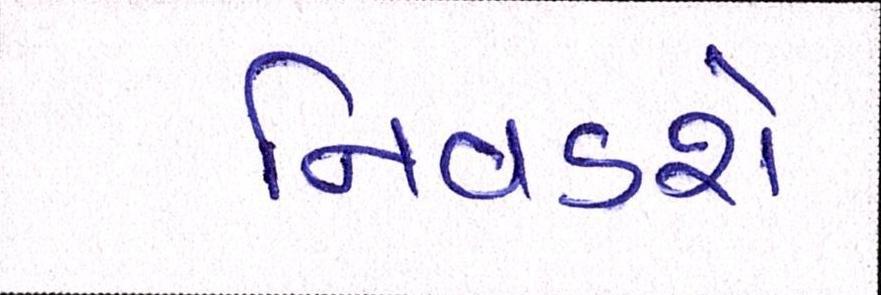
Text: નિવડશે